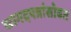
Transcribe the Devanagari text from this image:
कागदपत्रांसोबत